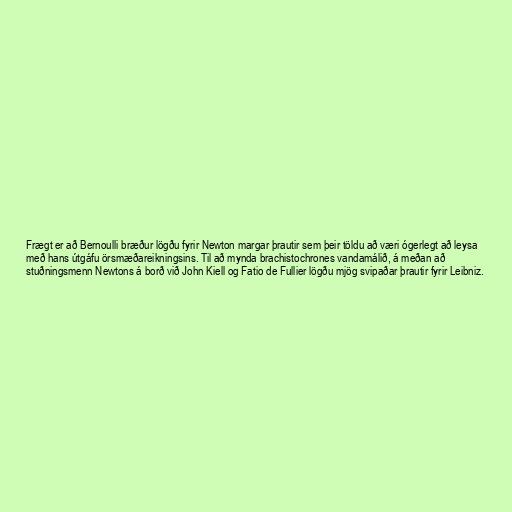
Frægt er að Bernoulli bræður lögðu fyrir Newton margar þrautir sem þeir töldu að væri ógerlegt að leysa
með hans útgáfu örsmæðareikningsins. Til að mynda brachistochrones vandamálið, á meðan að
stuðningsmenn Newtons á borð við John Kiell og Fatio de Fullier lögðu mjög svipaðar þrautir fyrir Leibniz.